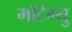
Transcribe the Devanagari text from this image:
मॉटेग्यु